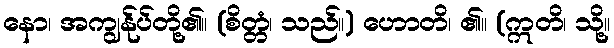
နော၊ အကျွန်ုပ်တို့၏။ (စိတ္တံ၊ သည်။) ဟောတိ၊ ၏။ (ဣတိ၊ သို့။